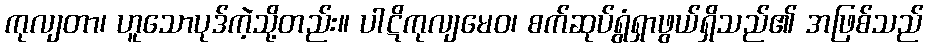
ကုလျတာ၊ ဟူသောပုဒ်ကဲ့သို့တည်း။ ပါဋိကုလျမေဝ၊ စက်ဆုပ်ရွံရှာဖွယ်ရှိသည်၏ အဖြစ်သည်